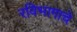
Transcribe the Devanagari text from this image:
रविभागाचे